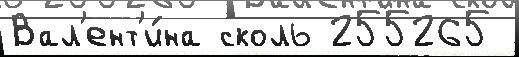
Вал'ент'и́на сколь 255265